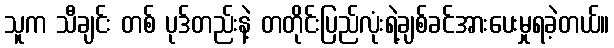
သူက သီချင်း တစ် ပုဒ်တည်းနဲ့ တတိုင်းပြည်လုံးရဲ့ချစ်ခင်အားပေးမှုရခဲ့တယ်။